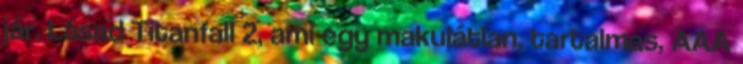
jár. Lásad Titanfall 2, ami egy makulátlan, tartalmas, AAA